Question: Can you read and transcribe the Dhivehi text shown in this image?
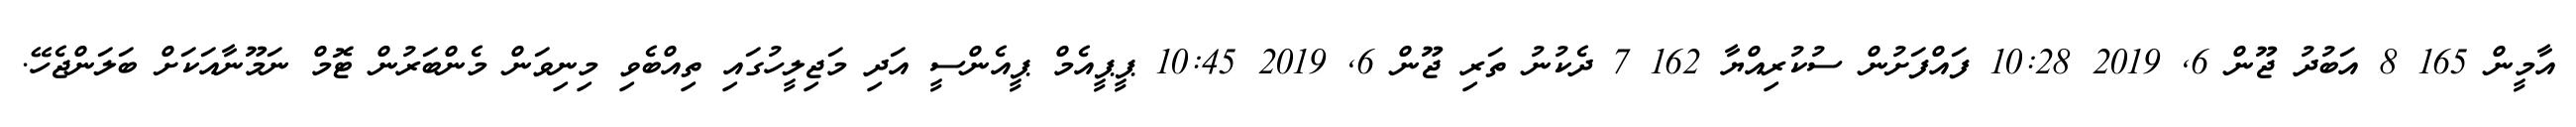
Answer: އާމީން 165 8 އަބުދު ޖޫން 6, 2019 10:28 ފައްފަށުން ސުކުރިއްޔާ 162 7 ދެކުނު ތަރި ޖޫން 6, 2019 10:45 ޕީޕީއެމް ޕީއެންސީ އަދި މަޖިލީހުގައި ތިއްބެވި މިނިވަން މެންބަރުން ޓޮމް ނަމޫނާއަކަށް ބަލަންޖެހޭ.